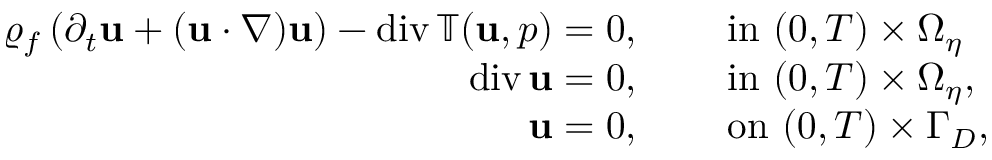
\begin{array} { r l } { \varrho _ { f } \left( \partial _ { t } \mathbf { u } + ( \mathbf { u } \cdot \nabla ) \mathbf { u } \right) - \mathrm { d i v } \, \mathbb { T } ( \mathbf { u } , p ) = 0 , } & { \quad \mathrm { ~ i n ~ } ( 0 , T ) \times \Omega _ { \eta } } \\ { \mathrm { d i v } \, \mathbf { u } = 0 , } & { \quad \mathrm { ~ i n ~ } ( 0 , T ) \times \Omega _ { \eta } , } \\ { \mathbf { u } = 0 , } & { \quad \mathrm { ~ o n ~ } ( 0 , T ) \times \Gamma _ { D } , } \end{array}